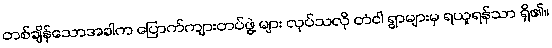
တစ်ချိန်သောအခါက ပြောက်ကျားတပ်ဖွဲ့ များ လုပ်သလို တံငါ ရွာများမှ ရယူရန်သာ ရှိ၏။